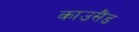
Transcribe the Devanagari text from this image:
काउसैंड